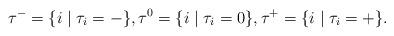
LaTeX: \begin{align*}\tau^- = \{ i \mid \tau_i = -\}, \tau^0 = \{ i \mid \tau_i = 0\}, \tau^+ = \{ i \mid \tau_i = +\} .\end{align*}